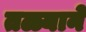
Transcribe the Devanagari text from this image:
तळ्याने